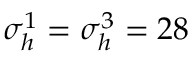
\sigma _ { h } ^ { 1 } = \sigma _ { h } ^ { 3 } = 2 8